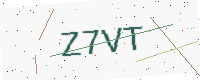
Text: Z7VT